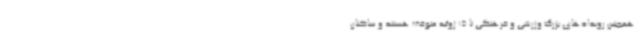
همچنین رویدادهای بزرگ وزرشی و فرهنگی تا 15 ژوئیه متوقف هستند و ساکنان